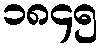
၁၈၄၅